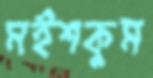
মইশকুম